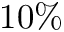
1 0 \%